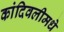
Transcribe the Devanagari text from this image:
कांदिवलीमधे